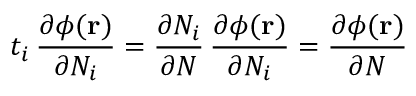
t _ { i } \, \frac { \partial \phi ( \mathbf { r } ) } { \partial N _ { i } } = \frac { \partial N _ { i } } { \partial N } \, \frac { \partial \phi ( \mathbf { r } ) } { \partial N _ { i } } = \frac { \partial \phi ( \mathbf { r } ) } { \partial N }